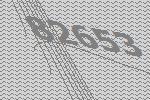
82653